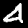
Digit: 4